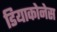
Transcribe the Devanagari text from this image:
डियाकोनेस